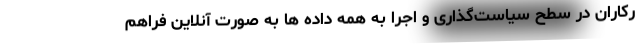
رکاران در سطح سیاست‌گذاری و اجرا به همه داده ها به صورت آنلاین فراهم